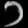
Digit: ၁